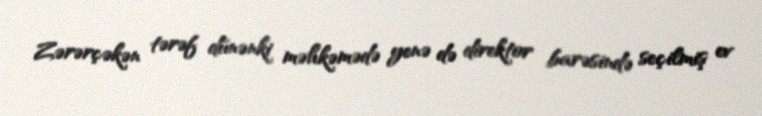
Zərərçəkən tərəf dünənki məhkəmədə yenə də direktor barəsində seçilmiş ev